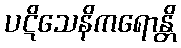
ပဋိသေနိကရောန္တိ